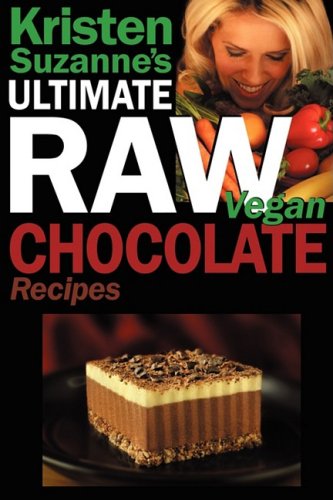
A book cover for Kristen Suzanne's ULTIMATE Raw Vegan Chocolate Recipes: Fast & Easy, Sweet & Savory Raw Chocolate Recipes Using Raw Chocolate Powder, Raw Cacao Nibs, and Raw Cacao Butter; Kristen Suzanne; Cookbooks, Food & Wine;